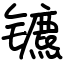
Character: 镳